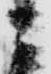
ニ